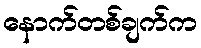
နောက်တစ်ချက်က